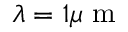
\lambda = 1 \mu \mathrm { ~ m ~ }